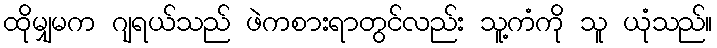
ထိုမျှမက ဂျရယ်သည် ဖဲကစားရာတွင်လည်း သူ့ကံကို သူ ယုံသည်။